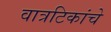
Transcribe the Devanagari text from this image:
वात्रटिकांचे